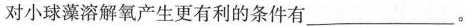
对小球藻溶解氧产生更有利的条件有___。